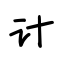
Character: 计